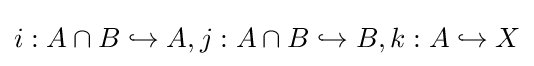
i:A\cap B\hookrightarrow A,j:A\cap B\hookrightarrow B,k:A\hookrightarrow X